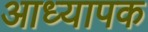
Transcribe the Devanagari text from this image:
आध्यापक